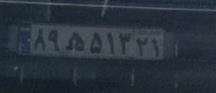
۸۹ه۵۱۳۲۱